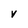
Character: V